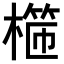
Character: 𣙖